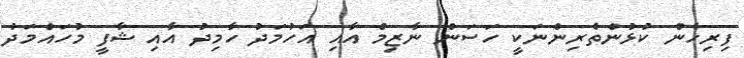
ފިރިހެން ކުޅުންތެރިންނަކީ ހަސަން ނާޒިމް އާއި އަހުމަދު ހާމިދު އާއި ޝާފީ މުހައްމަދު